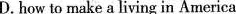
D. how to make a living in America